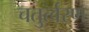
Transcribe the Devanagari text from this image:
चतुर्त्वरण